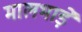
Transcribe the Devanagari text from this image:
मालभाड़े